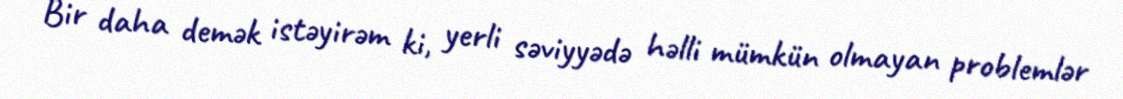
Bir daha demək istəyirəm ki, yerli səviyyədə həlli mümkün olmayan problemlər